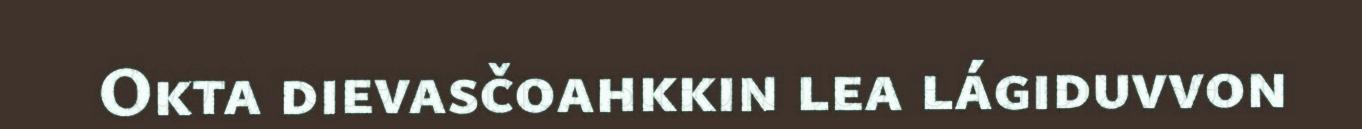
Okta dievasčoahkkin lea lágiduvvon